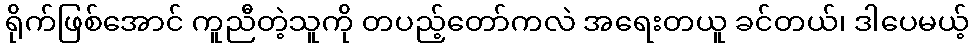
ရိုက်ဖြစ်အောင် ကူညီတဲ့သူကို တပည့်တော်ကလဲ အရေးတယူ ခင်တယ်၊ ဒါပေမယ့်